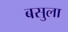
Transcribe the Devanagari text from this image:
बसुला